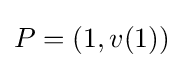
P=(1,v(1))